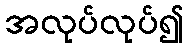
အလုပ်လုပ်၍